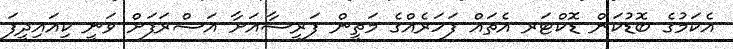
އެކަމުގެ ބޮޑުކަން ޑޮކްޓަރ އެތައް ފަހަރެއްގެ މަތީން ފަރީޝާއަށާ އަޝްރަފަށް ވަނީ ކިއައިދީފަ